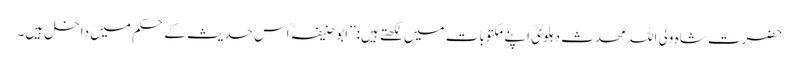
حضرت شاہ ولی اللہ محدث دہلویؒ اپنے مکتوبات میں لکھتے ہیں:’’ابو حنیفہؒ اس حدیث کے حکم میں داخل ہیں۔